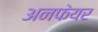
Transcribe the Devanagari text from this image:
अनफेयर